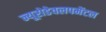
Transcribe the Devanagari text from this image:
न्यूरोडेवलपमेंटल